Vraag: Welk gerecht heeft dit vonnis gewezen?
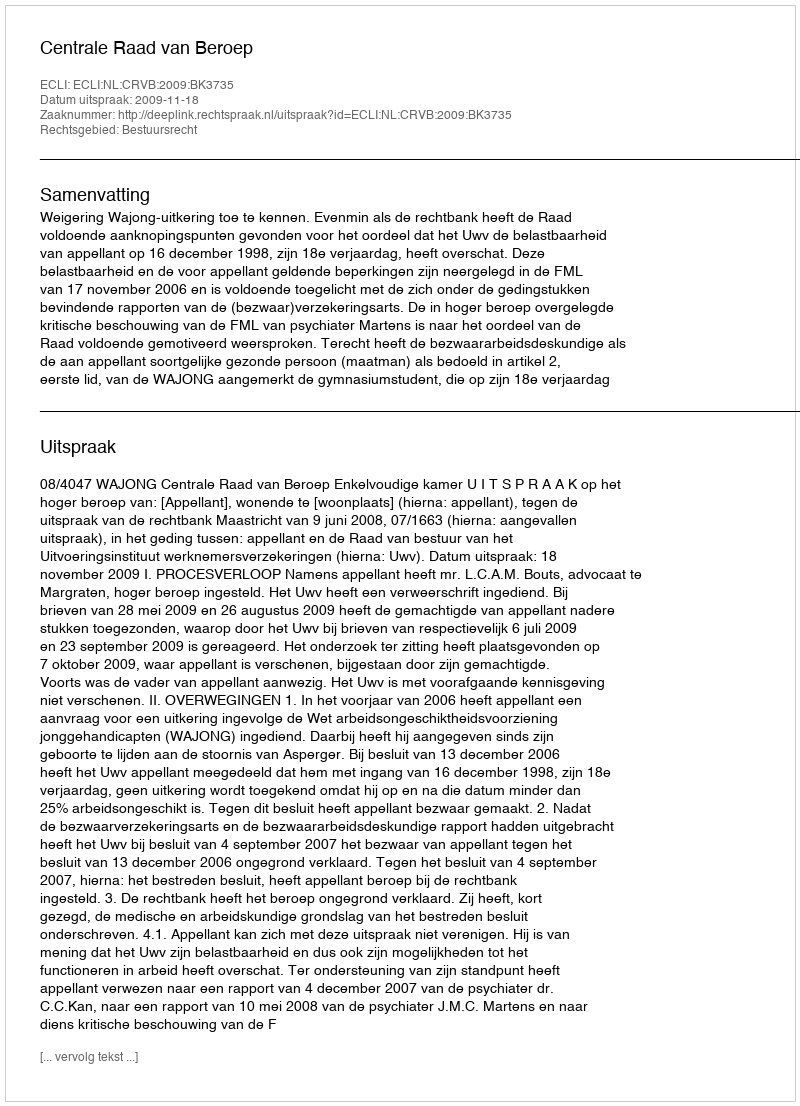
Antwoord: Centrale Raad van Beroep